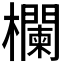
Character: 欄